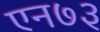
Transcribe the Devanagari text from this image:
एन७३